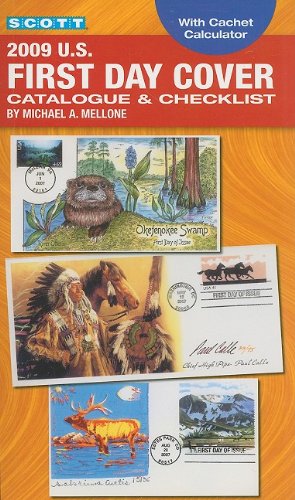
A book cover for Scott 2009 U.S. First Day Cover Catalogue & Checklist (Scott Us First Day Cover Catalogue & Checklist); Michael A. Mellone; Crafts, Hobbies & Home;